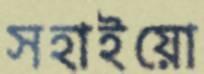
সহাইয়ো